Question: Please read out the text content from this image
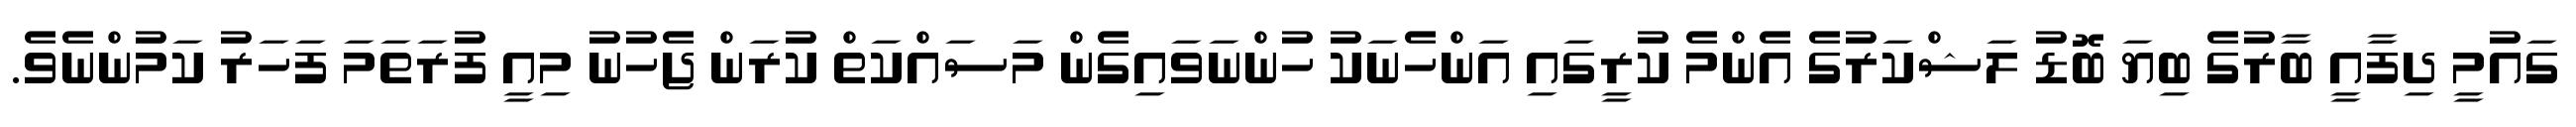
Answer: ގައުމީ ދިފާއީ ބާރުގެ ބިޔަ ބޮޑު ލަޝްކަރުގެ އެންމެ ކުރީގައި އަންހެނަކު ހުންނަވައިގެން މަސައްކަތް ކުރަން ޖެހުނު މިއީ ފުރަތަމަ ފަހަރު ކަމުންނެވެ.